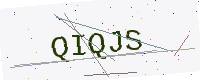
Text: QIQJS